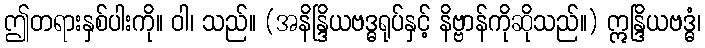
ဤတရားနှစ်ပါးကို။ ဝါ၊ သည်။ (အနိန္ဒြိယဗဒ္ဓရုပ်နှင့် နိဗ္ဗာန်ကိုဆိုသည်။) ဣန္ဒြိယဗဒ္ဓံ၊